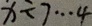
x \div 7 \cdots 4